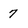
Character: 7